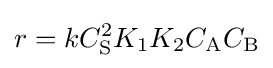
r=kC_{\mathrm {S} }^{2}K_{1}K_{2}C_{\mathrm {A} }C_{\mathrm {B} }